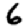
Digit: 6